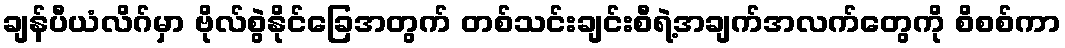
ချန်ပီယံလိဂ်မှာ ဗိုလ်စွဲနိုင်ခြေအတွက် တစ်သင်းချင်းစီရဲ့အချက်အလက်တွေကို စိစစ်ကာ